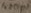
Text: 470µF